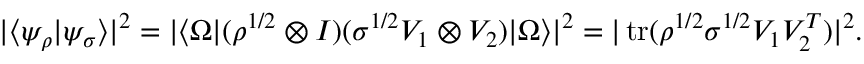
| \langle \psi _ { \rho } | \psi _ { \sigma } \rangle | ^ { 2 } = | \langle \Omega | ( \rho ^ { { 1 } / { 2 } } \otimes I ) ( \sigma ^ { { 1 } / { 2 } } V _ { 1 } \otimes V _ { 2 } ) | \Omega \rangle | ^ { 2 } = | \operatorname { t r } ( \rho ^ { { 1 } / { 2 } } \sigma ^ { { 1 } / { 2 } } V _ { 1 } V _ { 2 } ^ { T } ) | ^ { 2 } .